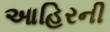
આહિરની